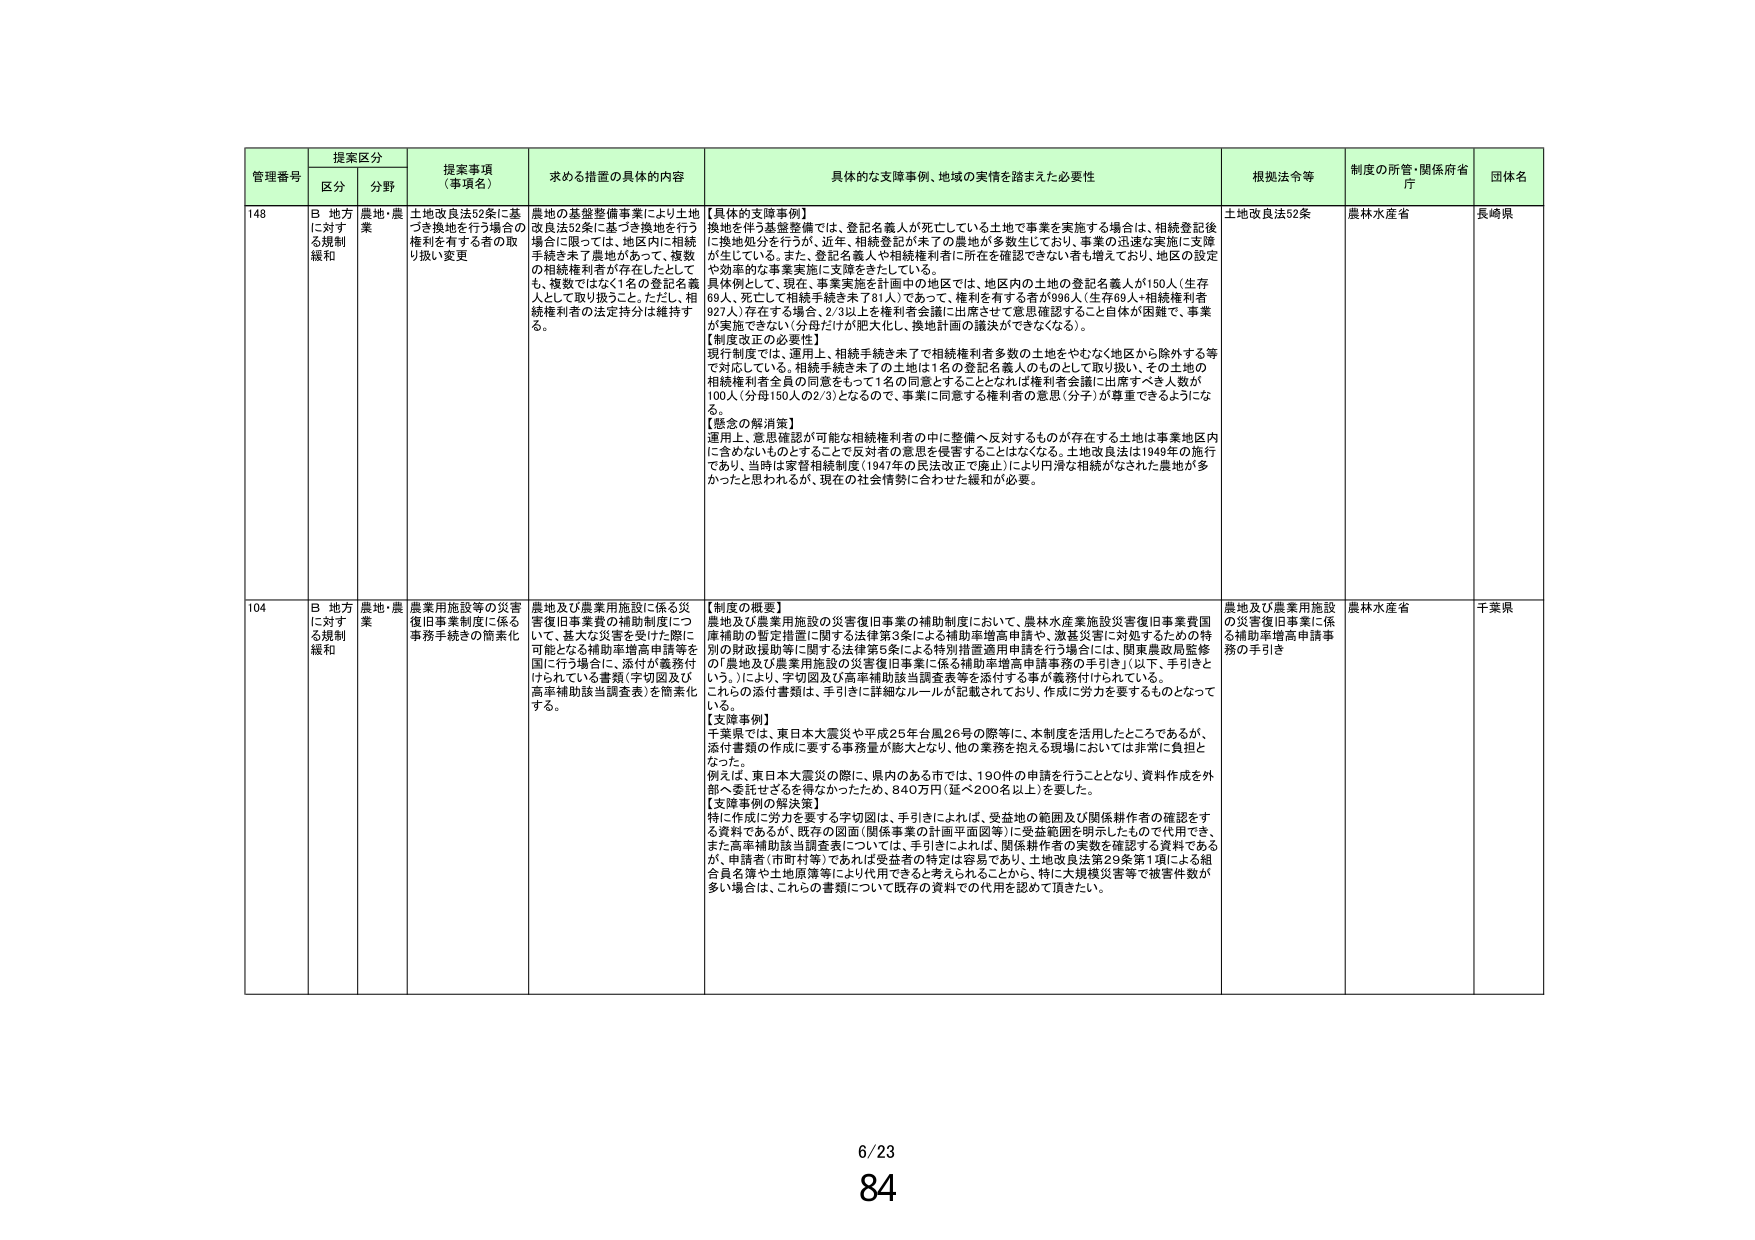
管理番号 提案区分 提案事項（事項名） 求める措置の具体的内容 具体的な支障事例、地域の実情を踏まえた必要性 根拠法令等 制度の所管・関係府省庁 団体名
区分 分野
148 B 地方に対する規制緩和 農地・農業 土地改良法52条に基づき換地を行う場合の権利を有する者の取り扱い変更 農地の基盤整備事業により土地改良法52条に基づき換地を行う場合に限っては、地区内に相続手続き未了農地があって、複数の相続権利者が存在したとしても、複数ではなく1名の登記名義人として取り扱うこと。ただし、相続権利者の法定持分は維持する。 【具体的支障事例】換地を伴う基盤整備では、登記名義人が死亡している土地で事業を実施する場合は、相続登記後に換地処分を行うが、近年、相続登記が未了の農地が多数生じており、事業の迅速な実施に支障が生じている。また、登記名義人や相続権利者に所在を確認できない者も増えており、地区の設定や効率的な事業実施に支障をきたしている。具体例として、現在、事業実施を計画中の地区では、地区内の土地の登記名義人が150人（生存69人、死亡して相続手続き未了81人）であって、権利を有する者が996人（生存69人＋相続権利者927人）存在する場合、2/3以上を権利者会議に出席させて意思確認すること自体が困難で、事業が実施できない（分母だけが肥大化し、換地計画の議決ができなくなる）。【制度改正の必要性】現行制度では、運用上、相続手続き未了で相続権利者多数の土地をやむなく地区から除外する等で対応している。相続手続き未了の土地は1名の登記名義人のものとして取り扱い、その土地の相続権利者全員の同意をもって1名の同意とすることとなれば権利者会議に出席すべき人数が100人（分母150人の2/3）となるので、事業に同意する権利者の意思（分子）が算定できるようになる。【懸念の解消策】運用上、意思確認が可能な相続権利者の中に整備へ反対するものが存在する土地は事業地区内に含めないものとすることで反対者の意思を侵害することはない。土地改良法は1949年の施行であり、当時は家督相続制度（1947年の民法改正で廃止）により円滑な相続がなされた農地が多かったと思われるが、現在の社会情勢に合わせた緩和が必要。 土地改良法52条 農林水産省 長崎県
104 B 地方に対する規制緩和 農地・農業 農業用施設等の災害復旧事業制度に係る事務手続きの簡素化 農地及び農業用施設に係る災害復旧事業費の補助制度について、甚大な災害を受けた際に可能ななる補助率増高申請等を国に行う場合に、添付が義務付けられている書類（字切図及び高率補助該当調査表）を簡素化する。 【制度の概要】農地及び農業用施設の災害復旧事業の補助制度において、農林水産業施設災害復旧事業費国庫補助の暫定措置に関する法律第3条による補助率増高申請や、激甚災害に対処するための特別の財政援助等に関する法律第3条による特別措置適用申請を行う場合には、関東農政局整修の「農地及び農業用施設の災害復旧事業に係る補助率増高申請事務の手引き」（以下、手引きという。）により、字切図及び高率補助該当調査表等を添付する事が義務付けられている。これらの添付書類は、手引きに詳細なルールが記載されており、作成に労力を要するものとなっている。【支障事例】千葉県では、東日本大震災や平成25年台風26号の際等に、本制度を活用したところであるが、添付書類の作成に要する事務量が膨大となり、他の業務を抱える現場においては非常に負担となった。例えば、東日本大震災の際に、県内のある市では、190件の申請を行うこととなり、資料作成を外部へ委託せざるを得なかったため、840万円（延べ200名以上）を要した。【支障事例の解決策】特に作成に労力を要する字切図は、手引きによれば、受益地の範囲及び関係耕作者の確認をする資料であるが、既存の図面（関係事業の計画平面図等）に受益範囲を明示したもので代用でき、また高率補助該当調査表については、手引きによれば、関係耕作者の実数を確認する資料であるが、申請者（市町村等）であれば受益者の特定は容易であり、土地改良法第29条第1項による組合員名簿や土地原簿等により代用できると考えられることから、特に大規模災害等で被害件数が多い場合は、これらの書類について既存の資料での代用を認めて頂きたい。 農地及び農業用施設の災害復旧事業に係る補助率増高申請事務の手引き 農林水産省 千葉県
6/23 84